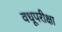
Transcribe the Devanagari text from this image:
वधूपरीक्षा